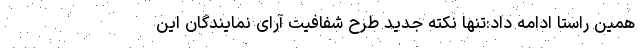
همین راستا ادامه داد:تنها نکته جدید طرح شفافیت آرای نمایندگان این